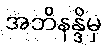
အဘိနန္ဒိမှ